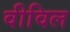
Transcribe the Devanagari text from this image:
वीविल